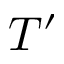
T ^ { \prime }